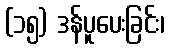
(၁၅) ဒန်ပူပေးခြင်း၊